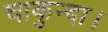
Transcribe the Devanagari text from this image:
चाकुन्दा।